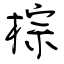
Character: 棕